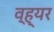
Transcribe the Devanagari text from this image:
व्ह्यर